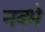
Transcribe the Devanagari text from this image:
नब्भे